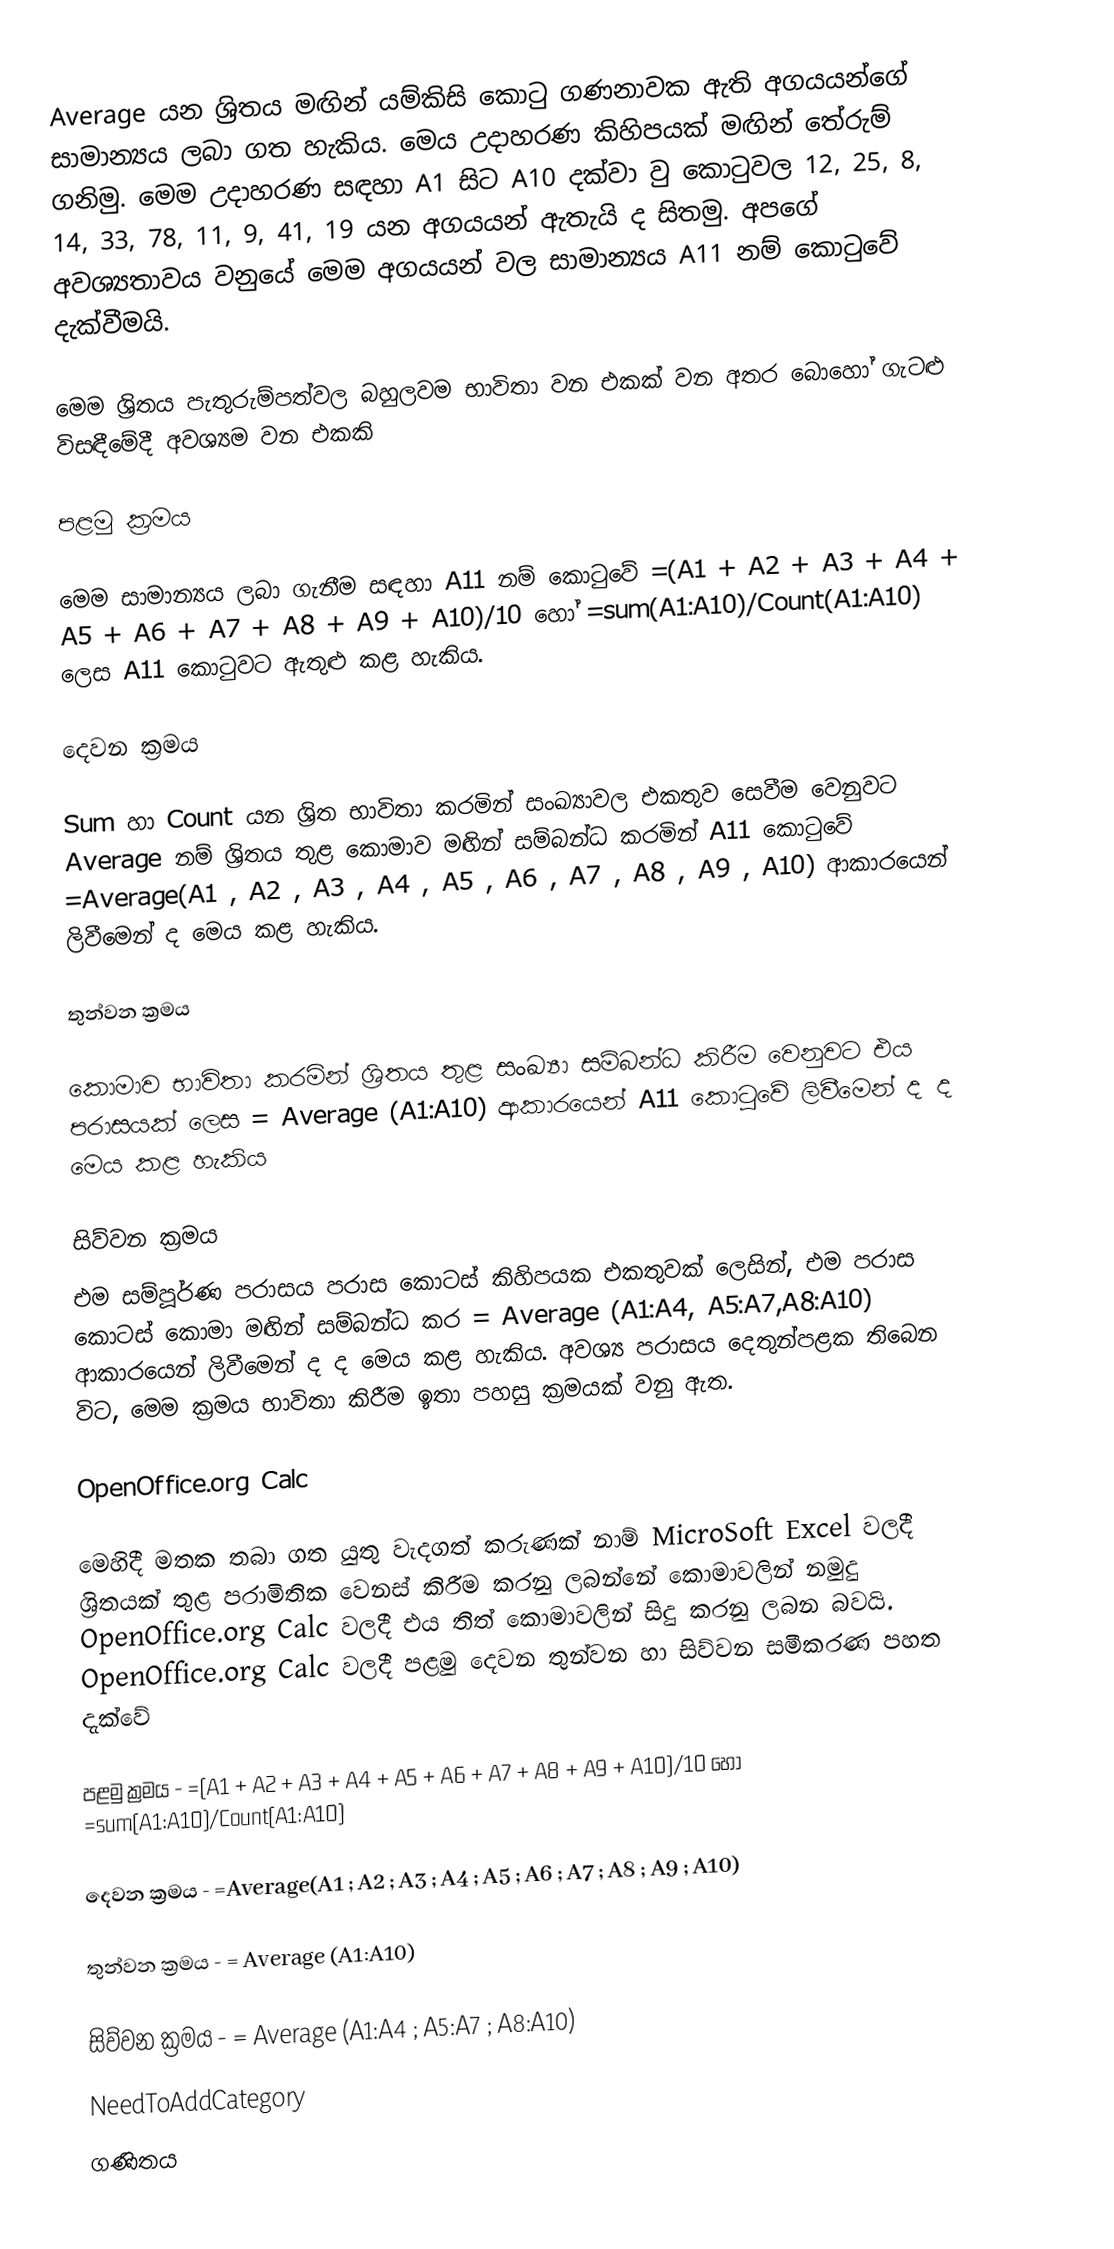
Average යන ශ්‍රිතය මඟින් යම්කිසි කොටු ගණනාවක ඇති අගයයන්ගේ සාමාන්‍යය ලබා ගත හැකිය. මෙය උදාහරණ කිහිපයක් මඟින් තේරුම් ගනිමු. මෙම උදාහරණ සඳහා A1 සිට A10 දක්වා වු කොටුවල 12, 25, 8, 14, 33, 78, 11, 9, 41, 19 යන අගයයන් ඇතැයි ද සිතමු. අපගේ අවශ්‍යතාවය වනුයේ මෙම අගයයන් වල සාමාන්‍යය A11 නම් කොටුවේ දැක්වීමයි.

මෙම ශ්‍රිතය පැතුරුම්පත්වල බහුලවම භාවිතා වන එකක් වන අතර බොහෝ ගැටළු විසඳීමේදී අවශ්‍යම වන එකකි

පළමු ක්‍රමය

මෙම සාමාන්‍යය  ලබා ගැනීම සඳහා A11 නම් කොටුවේ =(A1 + A2 + A3 + A4 + A5 + A6 + A7 + A8 + A9 + A10)/10  හෝ =sum(A1:A10)/Count(A1:A10) ලෙස A11 කොටුවට  ඇතුළු කළ හැකිය.

දෙවන ක්‍රමය

Sum හා Count යන ශ්‍රිත භාවිතා කරමින් සංඛ්‍යාවල එකතුව සෙවීම වෙනුවට Average නම් ශ්‍රිතය තුළ කොමාව මඟින් සම්බන්ධ කරමින් A11 කොටුවේ =Average(A1 , A2 , A3 , A4 , A5 , A6 , A7 , A8 , A9 , A10) ආකාරයෙන් ලිවීමෙන් ද මෙය කළ හැකිය.

තුන්වන ක්‍රමය

කොමාව භාවිතා කරමින් ශ්‍රිතය තුළ සංඛ්‍යා සම්බන්ධ කිරීම වෙනුවට එය පරාසයක් ලෙස = Average (A1:A10) ආකාරයෙන් A11 කොටුවේ ලිවීමෙන් ද ද මෙය කළ හැකිය

සිව්වන ක්‍රමය
එම සම්පූර්ණ පරාසය පරාස කොටස් කිහිපයක එකතුවක් ලෙසින්, එම පරාස කොටස් කොමා මඟින් සම්බන්ධ කර = Average (A1:A4, A5:A7,A8:A10) ආකාරයෙන් ලිවීමෙන් ද ද මෙය කළ හැකිය. අවශ්‍ය පරාසය දෙතුන්පළක තිබෙන විට, මෙම ක්‍රමය  භාවිතා කිරීම ඉතා පහසු ක්‍රමයක් වනු ඇත.

OpenOffice.org Calc

මෙහිදී මතක තබා ගත යුතු වැදගත් කරුණක් නාම් MicroSoft Excel වලදී ශ්‍රිතයක් තුළ පරාමිතික වෙනස් කිරීම කරනු ලබන්නේ කොමාවලින් නමුදු OpenOffice.org Calc වලදී එය තිත් කොමාවලින් සිදු කරනු ලබන බවයි. OpenOffice.org Calc වලදී පළමු දෙවන තුන්වන හා සිව්වන සමීකරණ පහත දැක්වේ

පළමු ක්‍රමය - =(A1 + A2 + A3 + A4 + A5 + A6 + A7 + A8 + A9 + A10)/10  හෝ =sum(A1:A10)/Count(A1:A10)

දෙවන ක්‍රමය -  =Average(A1 ; A2 ; A3 ; A4 ; A5 ; A6 ; A7 ; A8 ; A9 ; A10)

තුන්වන ක්‍රමය - = Average (A1:A10)

සිව්වන ක්‍රමය - = Average (A1:A4 ; A5:A7 ; A8:A10)
NeedToAddCategory
ගණිතය